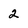
Character: 2